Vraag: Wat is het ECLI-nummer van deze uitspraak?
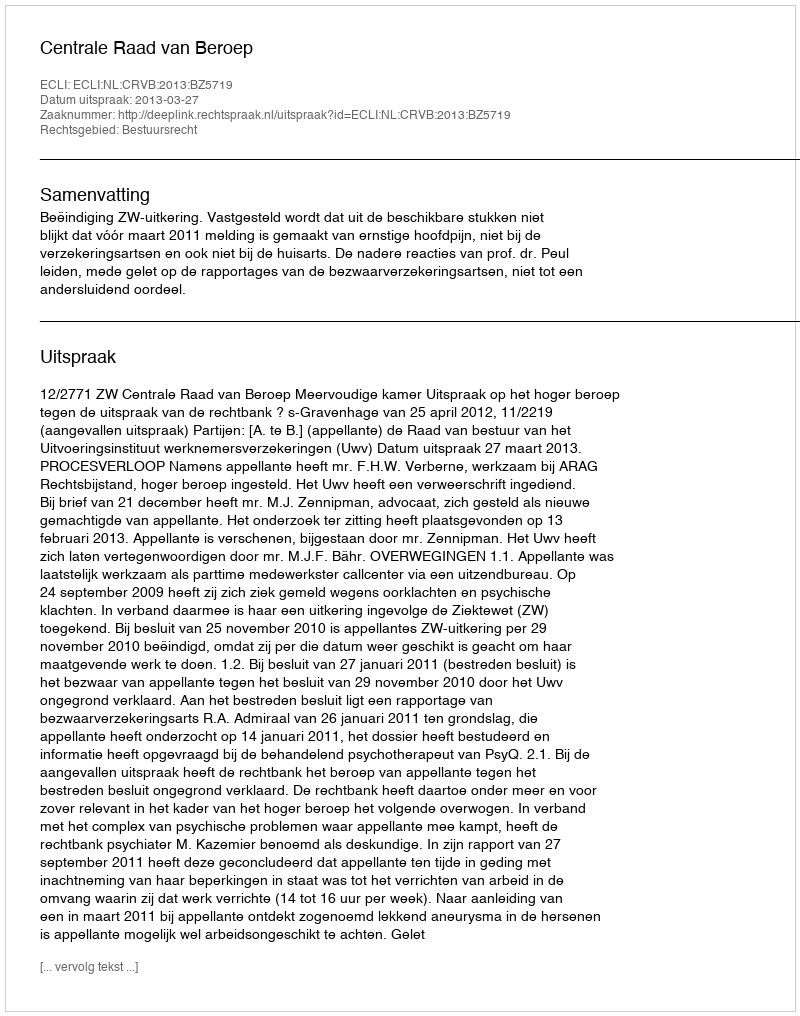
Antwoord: ECLI:NL:CRVB:2013:BZ5719